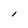
Character: l